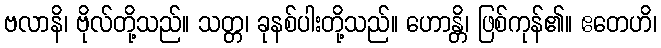
ဗလာနိ၊ ဗိုလ်တို့သည်။ သတ္တ၊ ခုနစ်ပါးတို့သည်။ ဟောန္တိ၊ ဖြစ်ကုန်၏။ ဧတေဟိ၊